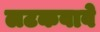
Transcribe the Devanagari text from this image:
लटकवावे